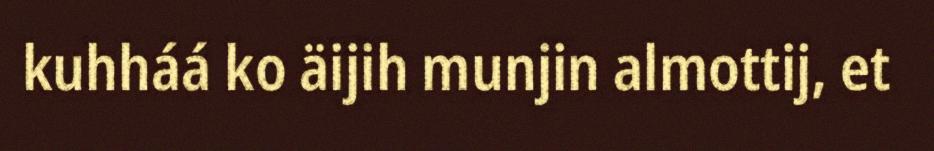
kuhháá ko äijih munjin almottij, et